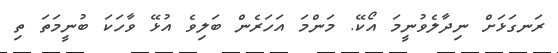
ރަނގަޅަށް ނިދާލެވުނީމަ އޯކޭ. މަންމަ އަހަރެން ބަލިވެ އުޅޭ ވާހަކަ ބުނީމަތަ ތި